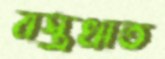
বস্ত্রখাত